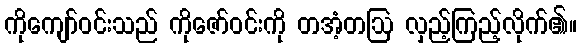
ကိုကျော်ဝင်းသည် ကိုဇော်ဝင်းကို တအံ့တဩ လှည့်ကြည့်လိုက်၏။